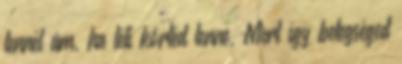
lennél ám, ha téli körtéd lenne, Mert így betegséged